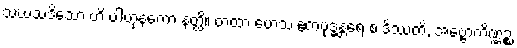
သံဃသဒိသော ဟိ ပါဟုနကော နတ္ထိ။ တထာ ဟေသ ဧကဗုဒ္ဓန္တရေ စ ဒိဿတိ, အဗ္ဗောကိဏ္ဏဉ္စ